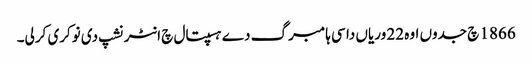
1866 چ جدوں اوہ 22 وریاں دا سی ہامبرگ دے ہسپتال چ انٹرنشپ دی نوکری کرلی۔